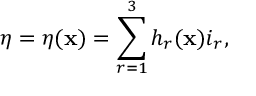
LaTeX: \eta = \eta ( { \bf x } ) = \sum _ { r = 1 } ^ { 3 } h _ { r } ( { \bf x } ) i _ { r } ,